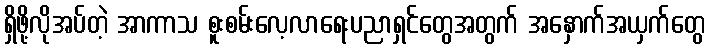
ရှိဖို့လိုအပ်တဲ့ အာကာသ စူးစမ်းလေ့လာရေးပညာရှင်တွေအတွက် အနှောက်အယှက်တွေ